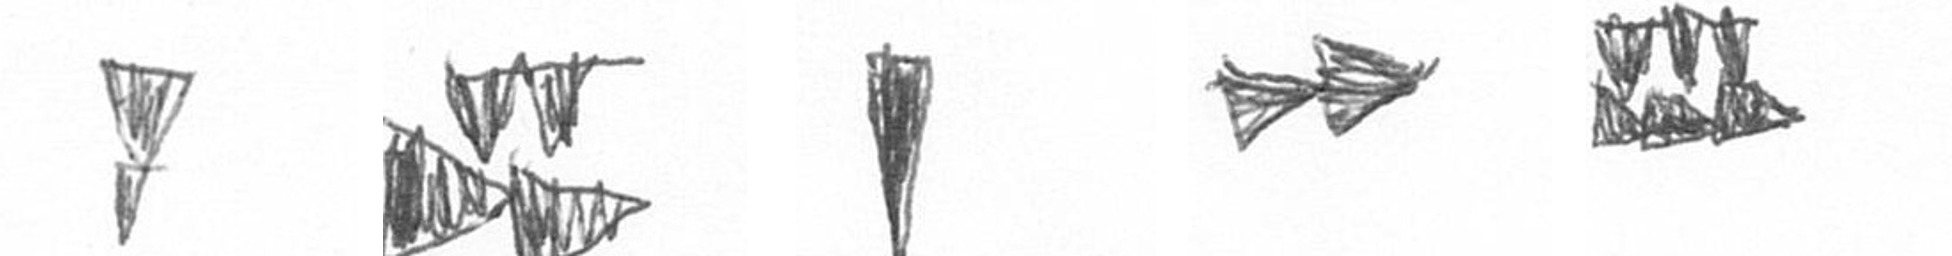
Z B J A D